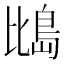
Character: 𪵕